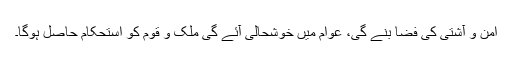
امن و آشتی کی فضا بنے گی، عوام میں خوشحالی آئے گی ملک و قوم کو استحکام حاصل ہوگا۔